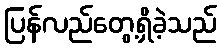
ပြန်လည်တွေ့ရှိခဲ့သည်